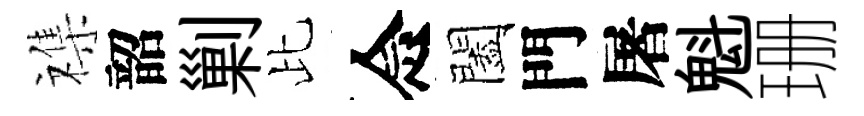
襍韶剿比念闔門屠魁珊